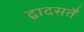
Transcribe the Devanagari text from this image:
द्वादसतैं